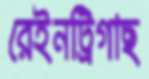
রেইনট্রিগাছ